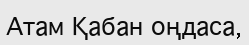
Атам Қабан оңдаса,